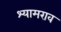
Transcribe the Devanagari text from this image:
श्‍यामराव